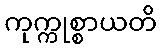
ကုက္ကုစ္စာယတိ